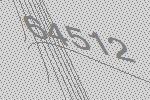
64512